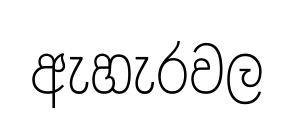
ඇහැරවල